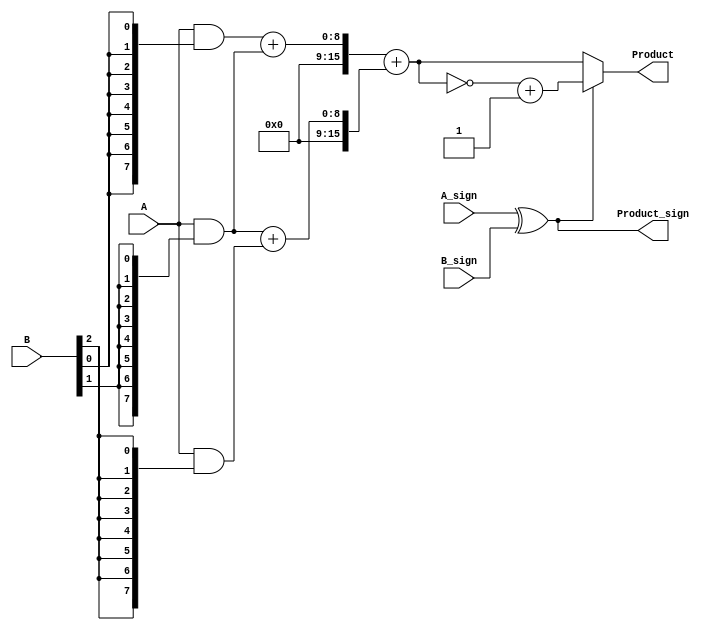
module FixedPointWallaceTreeMultiplier #(
    parameter N = 8, // Number of bits for operand A
    parameter M = 8  // Number of bits for operand B
)(
    input [N-1:0] A,          // First fixed-point operand
    input [M-1:0] B,          // Second fixed-point operand
    input A_sign,             // Sign bit of operand A
    input B_sign,             // Sign bit of operand B
    output reg [N+M-1:0] Product, // Fixed-point product output
    output reg Product_sign    // Sign bit of the resultant product
);

    // Partial product generation
    wire [N-1:0] partial_products[M-1:0];
    genvar i;
    generate
        for (i = 0; i < M; i = i + 1) begin : pp_gen
            assign partial_products[i] = A & {N{B[i]}};
        end
    endgenerate

    // Wallace tree reduction
    wire [N+M-1:0] sum [M-1:0];
    wire [M-1:0] carry [M-1:0];

    // Initial stage of reduction
    generate
        for (i = 0; i < M; i = i + 1) begin : reduction_stage
            if (i < M-1) begin
                assign sum[i] = partial_products[i] + partial_products[i+1];
                assign carry[i] = (partial_products[i] & partial_products[i+1]);
            end else begin
                assign sum[i] = partial_products[i];
                assign carry[i] = 0;
            end
        end
    endgenerate

    // Final addition
    wire [N+M-1:0] final_sum;
    wire final_carry;

    assign {final_carry, final_sum} = sum[0] + sum[1];

    // Sign handling
    always @(*) begin
        Product_sign = A_sign ^ B_sign; // XOR for sign determination
        Product = final_sum; // Assign the final product
        if (Product_sign) begin
            // If the product is negative, perform two's complement
            Product = ~Product + 1;
        end
    end

endmodule